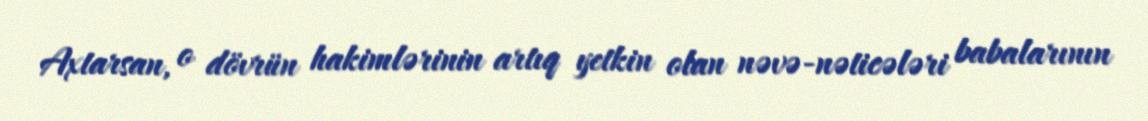
Axtarsan, o dövrün hakimlərinin artıq yetkin olan nəvə-nəticələri babalarının